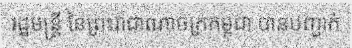
រដ្ឋមន្ត្រី នៃព្រះរាជាណាចក្រកម្ពុជា បានបញ្ជាក់